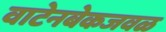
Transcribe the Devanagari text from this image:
वाटेनबेकजवळ